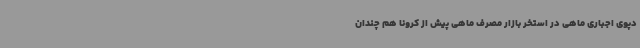
دپوی اجباری ماهی‌ در استخر بازار مصرف ماهی پیش از کرونا هم چندان